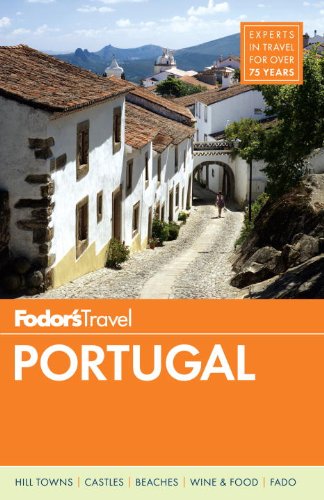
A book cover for Fodor's Portugal (Travel Guide); Fodor's; Travel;